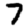
Digit: 7